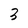
Character: 3